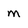
Character: M